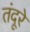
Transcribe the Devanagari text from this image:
तंदूरे